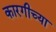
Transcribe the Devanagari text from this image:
कारगीच्या